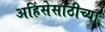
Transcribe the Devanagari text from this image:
अहिंसेसाठीच्या